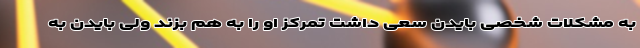
به مشکلات شخصی بایدن سعی داشت تمرکز او را به هم بزند ولی بایدن به